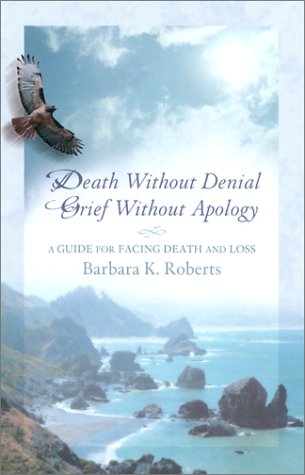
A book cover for Death Without Denial, Grief Without Apology: A Guide for Facing Death and Loss; Barbara K. Roberts; Law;